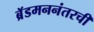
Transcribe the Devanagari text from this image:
ब्रॅडमननंतरची